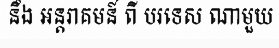
នឹង អន្តរាគមន៍ ពី បរទេស ណាមួយ